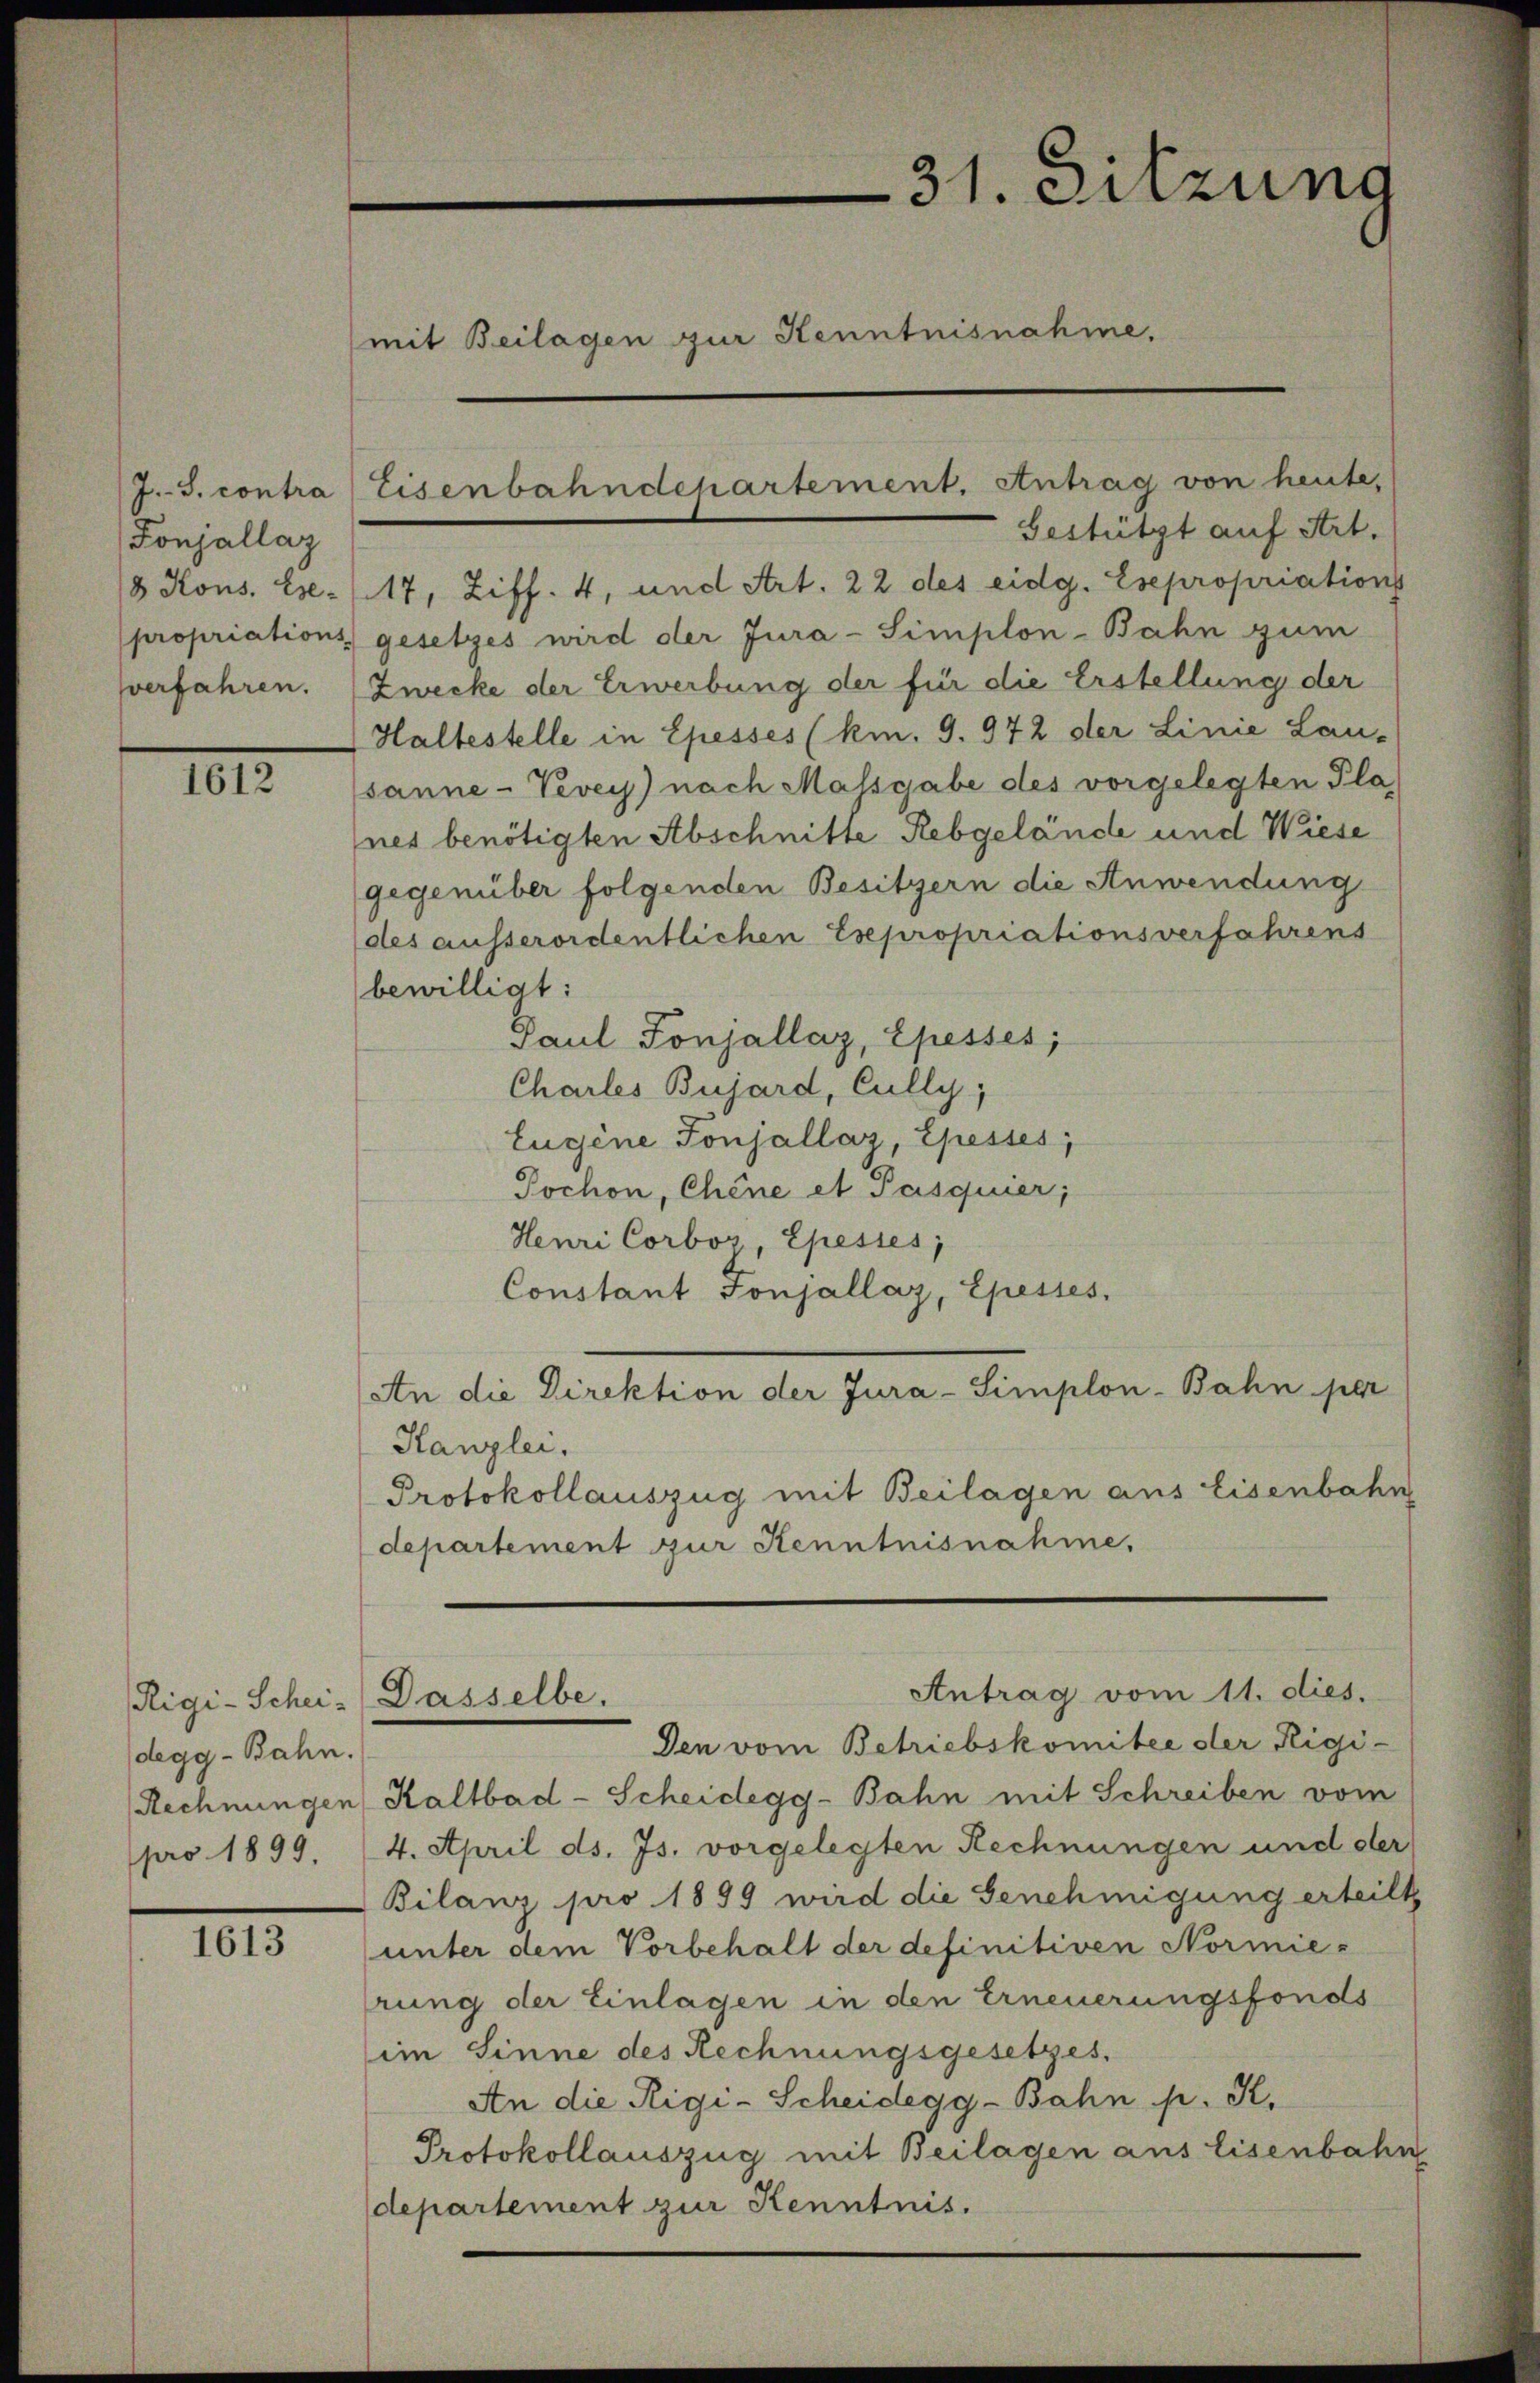
Fonjallaz
8 Kons. Ehe-
propriations
verfahren.

1012.

Rigi-Schei-
degg - Bahn.
Rechnungen
pro 1899.

1613

31. Sitzung
mit Beilagen zur Kenntnisnahme.

Gestützt auf Art.
17, Ziff. 4, und Art. 22 des eidg. Esepropriations
gesetzes wird der Jura-Simplon-Bahn zum
Zwecke der Erwerbung der für die Erstellung der
Haltestelle in Epesses (km. 9. 972 der Linie Lau-
sanne - Vevey) nach Massgabe des vorgelegten Pla
nes benötigten Abschnitte Rebgelände und Wiese
gegenüber folgenden Besitzern die Anwendung
des ausserordentlichen Esepropriationsverfahrens
bewilligt:
Paul Ponjallaz, Epesses;
Charles Bujard, Cully,
Eugene Tonjállaz, Epesses;
Pochon, Chine et Pasquier;
Henri Corbos Epesses,
Constant Fonjallaz, Epesses.
An die Direktion der Jura-Simplon-Bahn per
Kanzlei.
Protokollauszug mit Beilagen aus Eisenbahn
departement zur Kenntnisnahme.
Antrag vom 11. dies.
Dasselbe.
Den vom Betriebskomitee der Rigi-
Kaltbad-Scheidegg-Bahn mit Schreiben vom
4. April ds. Js. vorgelegten Rechnungen und der
Bilanz pro 1889 wird die Genehmigung erteilt
unter dem Vorbehalt der definitiven Normierung der Einlagen in den Erneuerungsfonds
im Sinne des Rechnungsgesetzes.
An die Rigi-Scheidegg-Bahn p. K.
Protokollauszug mit Beilagen aus Eisenbahn
departement zur Kenntnis.

J.J. contra Eisenbahndepartement. Antrag von heute,